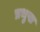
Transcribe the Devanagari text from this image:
प्रभुख